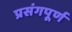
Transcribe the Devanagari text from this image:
प्रसंगपूर्ण